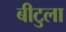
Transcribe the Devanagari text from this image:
बीटुला